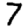
Digit: 7